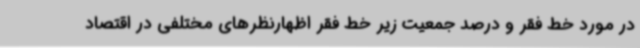
در مورد خط فقر و درصد جمعیت زیر خط فقر اظهارنظرهای مختلفی در اقتصاد